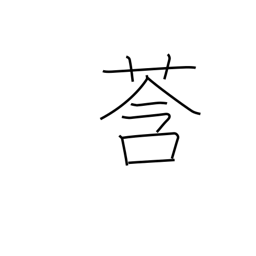
Meaning: bud (plant)